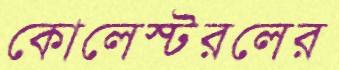
কোলেস্টরলের